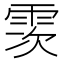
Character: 䨏